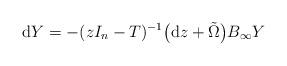
LaTeX: \begin{align*} {\rm d}Y=-(zI_n-T)^{-1}\bigl({\rm d}z+\tilde{\Omega}\bigr)B_{\infty}Y\end{align*}